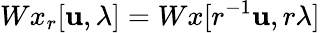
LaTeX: Wx_{r}[\mathbf{u},\lambda]=Wx[r^{-1}\mathbf{u},r\lambda]